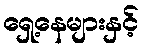
ရှေ့နေများနှင့်